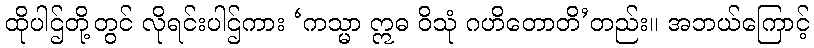
ထိုပါဌ်တို့တွင် လိုရင်းပါဌ်ကား ‘ကသ္မာ ဣဓ ဝိသုံ ဂဟိတောတိ’တည်း။ အဘယ်ကြောင့်